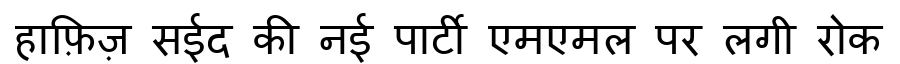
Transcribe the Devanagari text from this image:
हाफ़िज़ सईद की नई पार्टी एमएमल पर लगी रोक